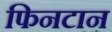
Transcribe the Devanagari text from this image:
फिनटान